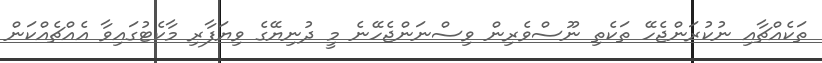
ތަކެއްޗާއި ނުކުރަންޖެހޭ ތަކެތި ނޫސްވެރިން ވިސްނަންޖެހޭނެ މީ ދުނިޔޭގެ ވިޔަފާރި މާކެޓުގައިވާ އެއްޗެއްކަން